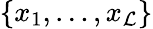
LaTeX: \{ x_{1},\ldots,x_{\mathcal{L}}\}